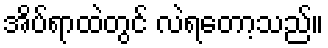
အိပ်ရာထဲတွင် လဲရတော့သည်။